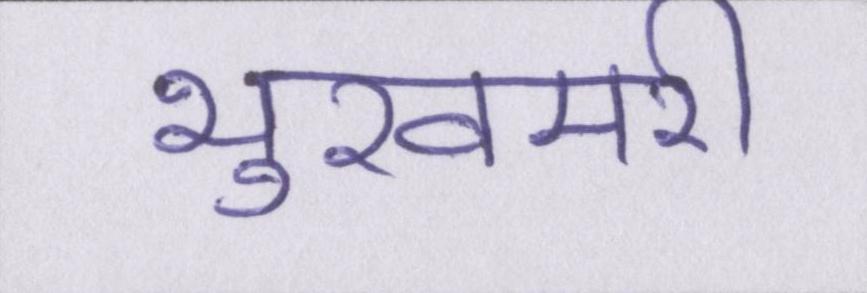
भुखमरी